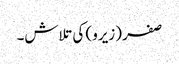
صفر (زیرو) کی تلاش۔